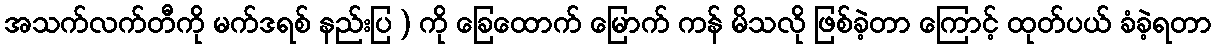
အသက်လက်တီကို မက်ဒရစ် နည်းပြ ) ကို ခြေထောက် မြောက် ကန် မိသလို ဖြစ်ခဲ့တာ ကြောင့် ထုတ်ပယ် ခံခဲ့ရတာ